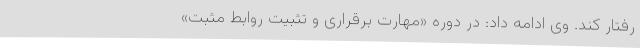
رفتار کند. وی ادامه داد: در دوره «مهارت برقراری و تثبیت روابط مثبت»